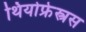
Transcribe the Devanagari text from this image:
थियोफ्रेस्त्रस